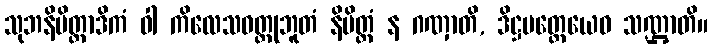
သုဘနိမိတ္တာဒိကံ ဝါ ကိလေသဝတ္ထုဘူတံ နိမိတ္တံ န ဂဏှာတိ, ဒိဋ္ဌမတ္တေယေဝ သဏ္ဌာတိ။